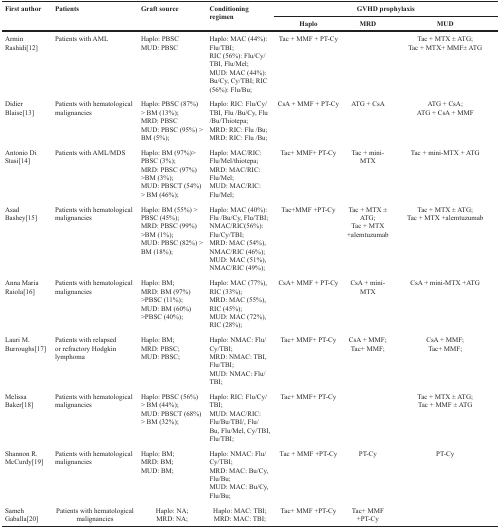
<table><thead><tr><td rowspan="2"><b>First author</b></td><td rowspan="2"><b>Patients</b></td><td rowspan="2"><b>Graft source</b></td><td rowspan="2"><b>Conditioning regimen</b></td><td colspan="3"><b>GVHD prophylaxis</b></td></tr><tr><td><b>Haplo</b></td><td><b>MRD</b></td><td><b>MUD</b></td></tr></thead><tbody><tr><td>Armin Rashidi[12]</td><td>Patients with AML</td><td>Haplo: PBSC MUD: PBSC</td><td>Haplo: MAC (44%): Flu/TBI; RIC (56%): Flu/Cy/TBI, Flu/Mel; MUD: MAC (44%): Bu/Cy, Cy/TBI; RIC (56%): Flu/Bu;</td><td>Tac + MMF + PT-Cy</td><td></td><td>Tac + MTX ± ATG; Tac + MTX+ MMF± ATG</td></tr><tr><td>Didier Blaise[13]</td><td>Patients with hematological malignancies</td><td>Haplo: PBSC (87%) &gt; BM (13%); MRD: PBSC MUD: PBSC (95%) &gt; BM (5%);</td><td>Haplo: RIC: Flu/Cy/TBI, Flu /Bu/Cy, Flu /Bu/Thiotepa; MRD: RIC: Flu /Bu; MRD: RIC: Flu /Bu;</td><td>CsA + MMF + PT-Cy</td><td>ATG + CsA</td><td>ATG + CsA; ATG + CsA + MMF</td></tr><tr><td>Antonio Di Stasi[14]</td><td>Patients with AML/MDS</td><td>Haplo: BM (97%)&gt; PBSC (3%); MRD: PBSC (97%) &gt;BM (3%); MUD: PBSCT (54%) &gt; BM (46%);</td><td>Haplo: MAC/RIC: Flu/Mel/thiotepa; MRD: MAC/RIC: Flu/Mel; MUD: MAC/RIC: Flu/Mel;</td><td>Tac+ MMF+ PT-Cy</td><td>Tac + mini-MTX</td><td>Tac + mini-MTX + ATG</td></tr><tr><td>Asad Bashey[15]</td><td>Patients with hematological malignancies</td><td>Haplo: BM (55%) &gt; PBSC (45%); MRD: PBSC (99%) &gt;BM (1%); MUD: PBSC (82%) &gt; BM (18%);</td><td>Haplo: MAC (40%): Flu /Bu/Cy, Flu/TBI; NMAC/RIC(56%): Flu/Cy/TBI; MRD: MAC (54%), NMAC/RIC (46%); MUD: MAC (51%), NMAC/RIC (49%);</td><td>Tac+MMF +PT-Cy</td><td>Tac + MTX ± ATG; Tac + MTX +alemtuzumab</td><td>Tac + MTX ± ATG; Tac + MTX +alemtuzumab</td></tr><tr><td>Anna Maria Raiola[16]</td><td>Patients with hematological malignancies</td><td>Haplo: BM; MRD: BM (97%) &gt;PBSC (11%); MUD: BM (60%) &gt;PBSC (40%);</td><td>Haplo: MAC (77%), RIC (33%); MRD: MAC (55%), RIC (45%); MUD: MAC (72%), RIC (28%);</td><td>CsA+ MMF + PT-Cy</td><td>CsA + mini-MTX</td><td>CsA + mini-MTX +ATG</td></tr><tr><td>Lauri M. Burroughs[17]</td><td>Patients with relapsed or refractory Hodgkin lymphoma</td><td>Haplo: BM; MRD: PBSC; MUD: PBSC;</td><td>Haplo: NMAC: Flu/Cy/TBI; MRD: NMAC: TBI, Flu/TBI; MUD: NMAC: Flu/TBI;</td><td>Tac+ MMF+ PT-Cy</td><td>CsA + MMF; Tac+ MMF;</td><td>CsA + MMF; Tac+ MMF;</td></tr><tr><td>Melissa Baker[18]</td><td>Patients with hematological malignancies</td><td>Haplo: PBSC (56%) &gt; BM (44%); MUD: PBSCT (68%) &gt; BM (32%);</td><td>Haplo: RIC: Flu/Cy/TBI; MUD: MAC/RIC: Flu/Bu/TBI/, Flu/Bu, Flu/Mel, Cy/TBI, Flu/TBI;</td><td>Tac+ MMF+ PT-Cy</td><td></td><td>Tac + MTX ± ATG; Tac + MMF ± ATG</td></tr><tr><td>Shannon R. McCurdy[19]</td><td>Patients with hematological malignancies</td><td>Haplo: BM; MRD: BM; MUD: BM;</td><td>Haplo: NMAC: Flu/Cy/TBI; MRD: MAC: Bu/Cy, Flu/Bu; MUD: MAC: Bu/Cy, Flu/Bu;</td><td>Tac + MMF +PT-Cy</td><td>PT-Cy</td><td>PT-Cy</td></tr><tr><td>Sameh Gaballa[20]</td><td>Patients with hematological malignancies</td><td>Haplo: NA; MRD: NA;</td><td>Haplo: MAC: TBI; MRD: MAC: TBI;</td><td>Tac+ MMF +PT-Cy</td><td>Tac+ MMF +PT-Cy</td><td></td></tr></tbody></table>